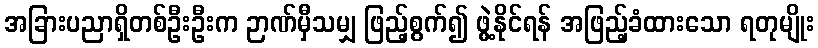
အခြားပညာရှိတစ်ဦးဦးက ဉာဏ်မှီသမျှ ဖြည့်စွက်၍ ဖွဲ့နိုင်ရန် အဖြည့်ခံထားသော ရတုမျိုး